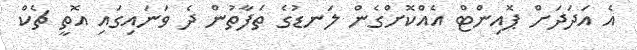
އެ އަދަދަށް ޕޮއިންޓް އެއްކޮށްގެން ލަނޑުގެ ތަފާތުން ދެ ވަނައިގައި އޮތީ ޗެކް